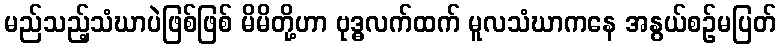
မည်သည့်သံဃာပဲဖြစ်ဖြစ် မိမိတို့ဟာ ဗုဒ္ဓလက်ထက် မူလသံဃာကနေ အနွယ်စဉ်မပြတ်